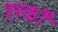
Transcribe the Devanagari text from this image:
हर्स्को